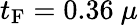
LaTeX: t_{\mathrm{F}}=0.36~\mu